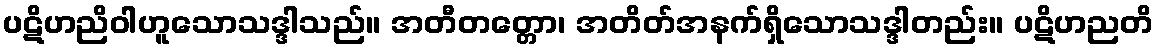
ပဋိဟညိဝါဟူသောသဒ္ဒါသည်။ အတီတတ္တော၊ အတိတ်အနက်ရှိသောသဒ္ဒါတည်း။ ပဋိဟညတိ